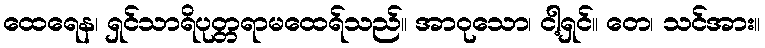
ထေရေန၊ ရှင်သာရိပုတ္တရာမထေရ်သည်။ အာဝုသော၊ ငါ့ရှင်။ တေ၊ သင်အား။